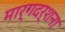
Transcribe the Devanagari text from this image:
मार्गदर्शना